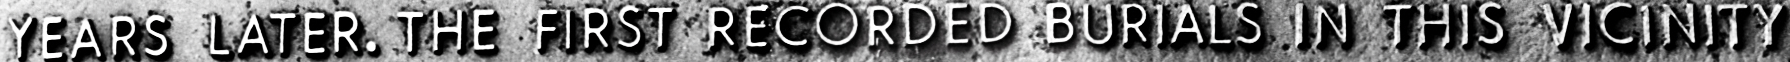
YRARS LATER. THE FIRST RECORDED RURIALS IN THIS VICINITY